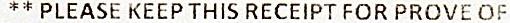
** PLEASE KEEP THIS RECEIPT FOR PROVE OF